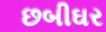
છબીઘર